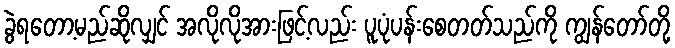
ခွဲရတော့မည်ဆိုလျှင် အလိုလိုအားဖြင့်လည်း ပူပုံပန်းစေတတ်သည်ကို ကျွန်တော်တို့